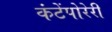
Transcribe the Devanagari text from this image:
कंटेंपोरेरी